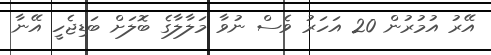
އޭރު އުމުރުން 20 އަހަރު ވެސް ނުވާ މަލާލާގެ ބޮލަށް ބަޑިޖެހީ އޭނާ